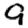
Digit: 9